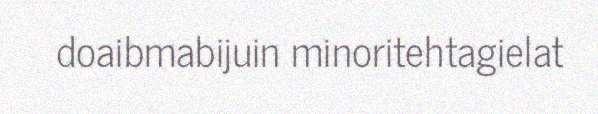
doaibmabijuin minoritehtagielat